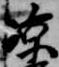
涼